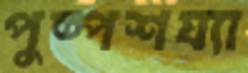
পুষ্পশয্যা